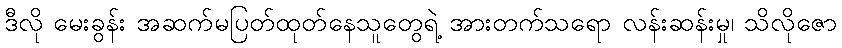
ဒီလို မေးခွန်း အဆက်မပြတ်ထုတ်နေသူတွေရဲ့ အားတက်သရော လန်းဆန်းမှု၊ သိလိုဇော